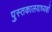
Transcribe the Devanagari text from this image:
पुस्तकालयाध्यक्षों